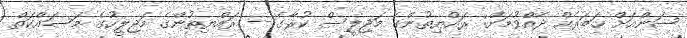
ސަންއަށް ޚަބަރެއް ދެއްވުމަށް: ރައްޔިތުންގެ މަޖިލީސް ކުރާގެ -- ރައްޔިތުންގެ މަޖިލީހުގެ މަސައްކަތް